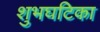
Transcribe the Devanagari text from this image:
शुभघटिका